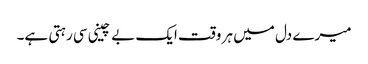
میرے دل میں ہر وقت ایک بے چینی سی رہتی ہے۔